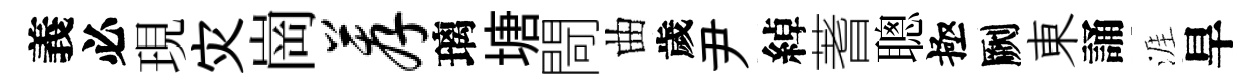
義必現灾崗荐璃塘閜曲歲尹綽蓍聰極劂東誦涯旱